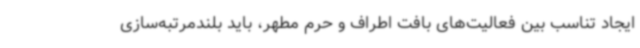
ایجاد تناسب بین فعالیت‌های بافت اطراف و حرم مطهر، باید بلندمرتبه‌سازی